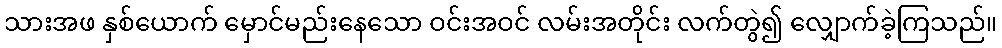
သားအဖ နှစ်ယောက် မှောင်မည်းနေသော ဝင်းအဝင် လမ်းအတိုင်း လက်တွဲ၍ လျှောက်ခဲ့ကြသည်။